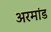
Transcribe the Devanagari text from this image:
अरमांड